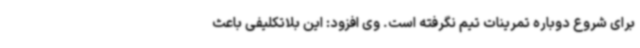
برای شروع دوباره تمرینات تیم نگرفته است. وی افزود: این بلاتکلیفی باعث